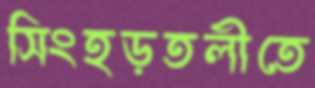
সিংহড়তলীতে